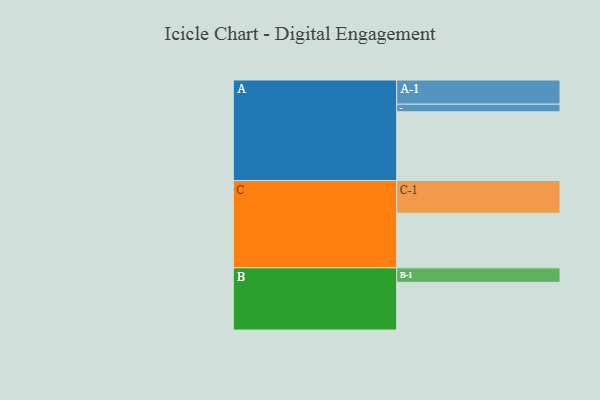
{"axis": {"x": "Segment", "y": "Value"}, "legend": ["", "A", "B", "C"], "data": [{"x": "A", "y": 550, "type": ""}, {"x": "B", "y": 382, "type": ""}, {"x": "C", "y": 438, "type": ""}, {"x": "A-1", "y": 194, "type": "A"}, {"x": "A-2", "y": 61, "type": "A"}, {"x": "B-1", "y": 116, "type": "B"}, {"x": "C-1", "y": 262, "type": "C"}]}